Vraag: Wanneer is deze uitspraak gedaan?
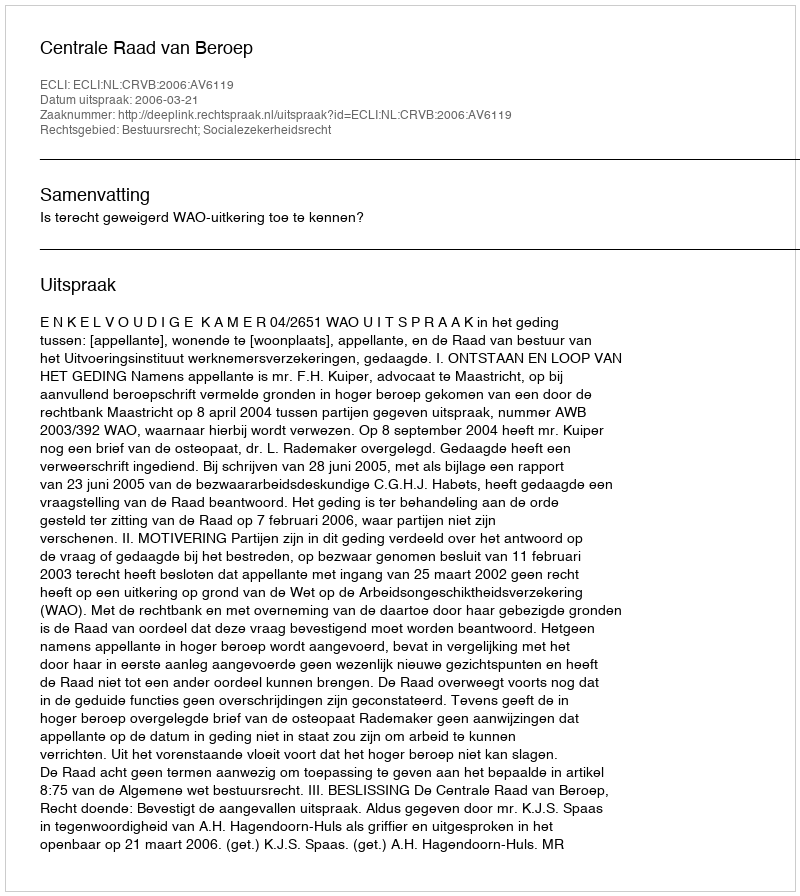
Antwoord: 2006-03-21